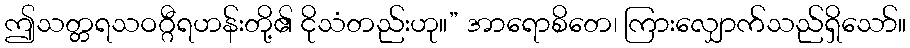
ဤသတ္တရသဝဂ္ဂီရဟန်းတို့၏ ငိုသံတည်းဟု။” အာရောစိတေ၊ ကြားလျှောက်သည်ရှိသော်။